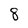
Character: 8